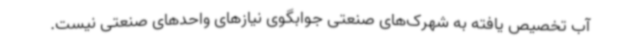
آب تخصیص یافته به شهرک‌های صنعتی جوابگوی نیازهای واحدهای صنعتی نیست.